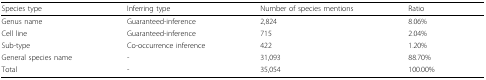
<table><thead><tr><td><b>Species type</b></td><td><b>Inferring type</b></td><td><b>Number of species mentions</b></td><td><b>Ratio</b></td></tr></thead><tbody><tr><td>Genus name</td><td>Guaranteed-inference</td><td>2,824</td><td>8.06%</td></tr><tr><td>Cell line</td><td>Guaranteed-inference</td><td>715</td><td>2.04%</td></tr><tr><td>Sub-type</td><td>Co-occurrence inference</td><td>422</td><td>1.20%</td></tr><tr><td>General species name</td><td>-</td><td>31,093</td><td>88.70%</td></tr><tr><td>Total</td><td>-</td><td>35,054</td><td>100.00%</td></tr></tbody></table>